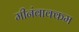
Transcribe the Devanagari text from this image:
मीनंबाक्कम